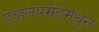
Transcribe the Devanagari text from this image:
डेव्हलपमेंटमधून